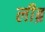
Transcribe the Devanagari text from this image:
लीब्र